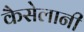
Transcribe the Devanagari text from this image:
कैसेलानी